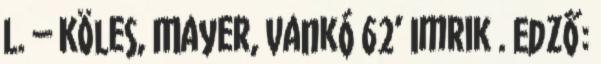
L. – Köles, Mayer, Vankó 62’ Imrik . Edző: